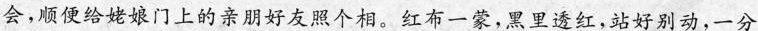
会,顺便给姥娘门上的亲朋好友照个相。红布一蒙,黑里透红,站好别动，一分